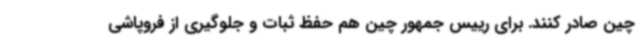
چین صادر کنند. برای رییس جمهور چین هم حفظ ثبات و جلوگیری از فروپاشی